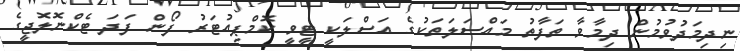
ނިދިމަދުވުމުން ދިމާވާ ތަފާތު މައްސަލަތަކުގެ އަސްލަކީ ޓީވީ ކޮމްޕިއުޓަރު ފޯން ފަދަ ޓެކްނޮލޮޖީގެ